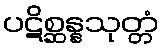
ပဋိစ္ဆန္နသုတ္တံ